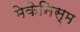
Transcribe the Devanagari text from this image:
मेकेनिस्म